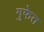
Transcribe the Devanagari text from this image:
गुफेत